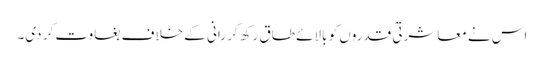
اس نے معاشرتی قدروں کو بالائے طاق رکھ کر رانی کے خلاف بغاوت کر دی۔